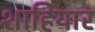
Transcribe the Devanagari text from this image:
शाहियार